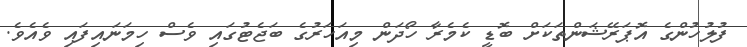
ފުލުހުންގެ އޮޕަރޭޝަންތަކަށް ބޮޑީ ކެމެރާ ހޯދަން މިއަހަރުގެ ބަޖެޓުގައި ވެސް ހިމަނައިފައި ވެއެވެ.